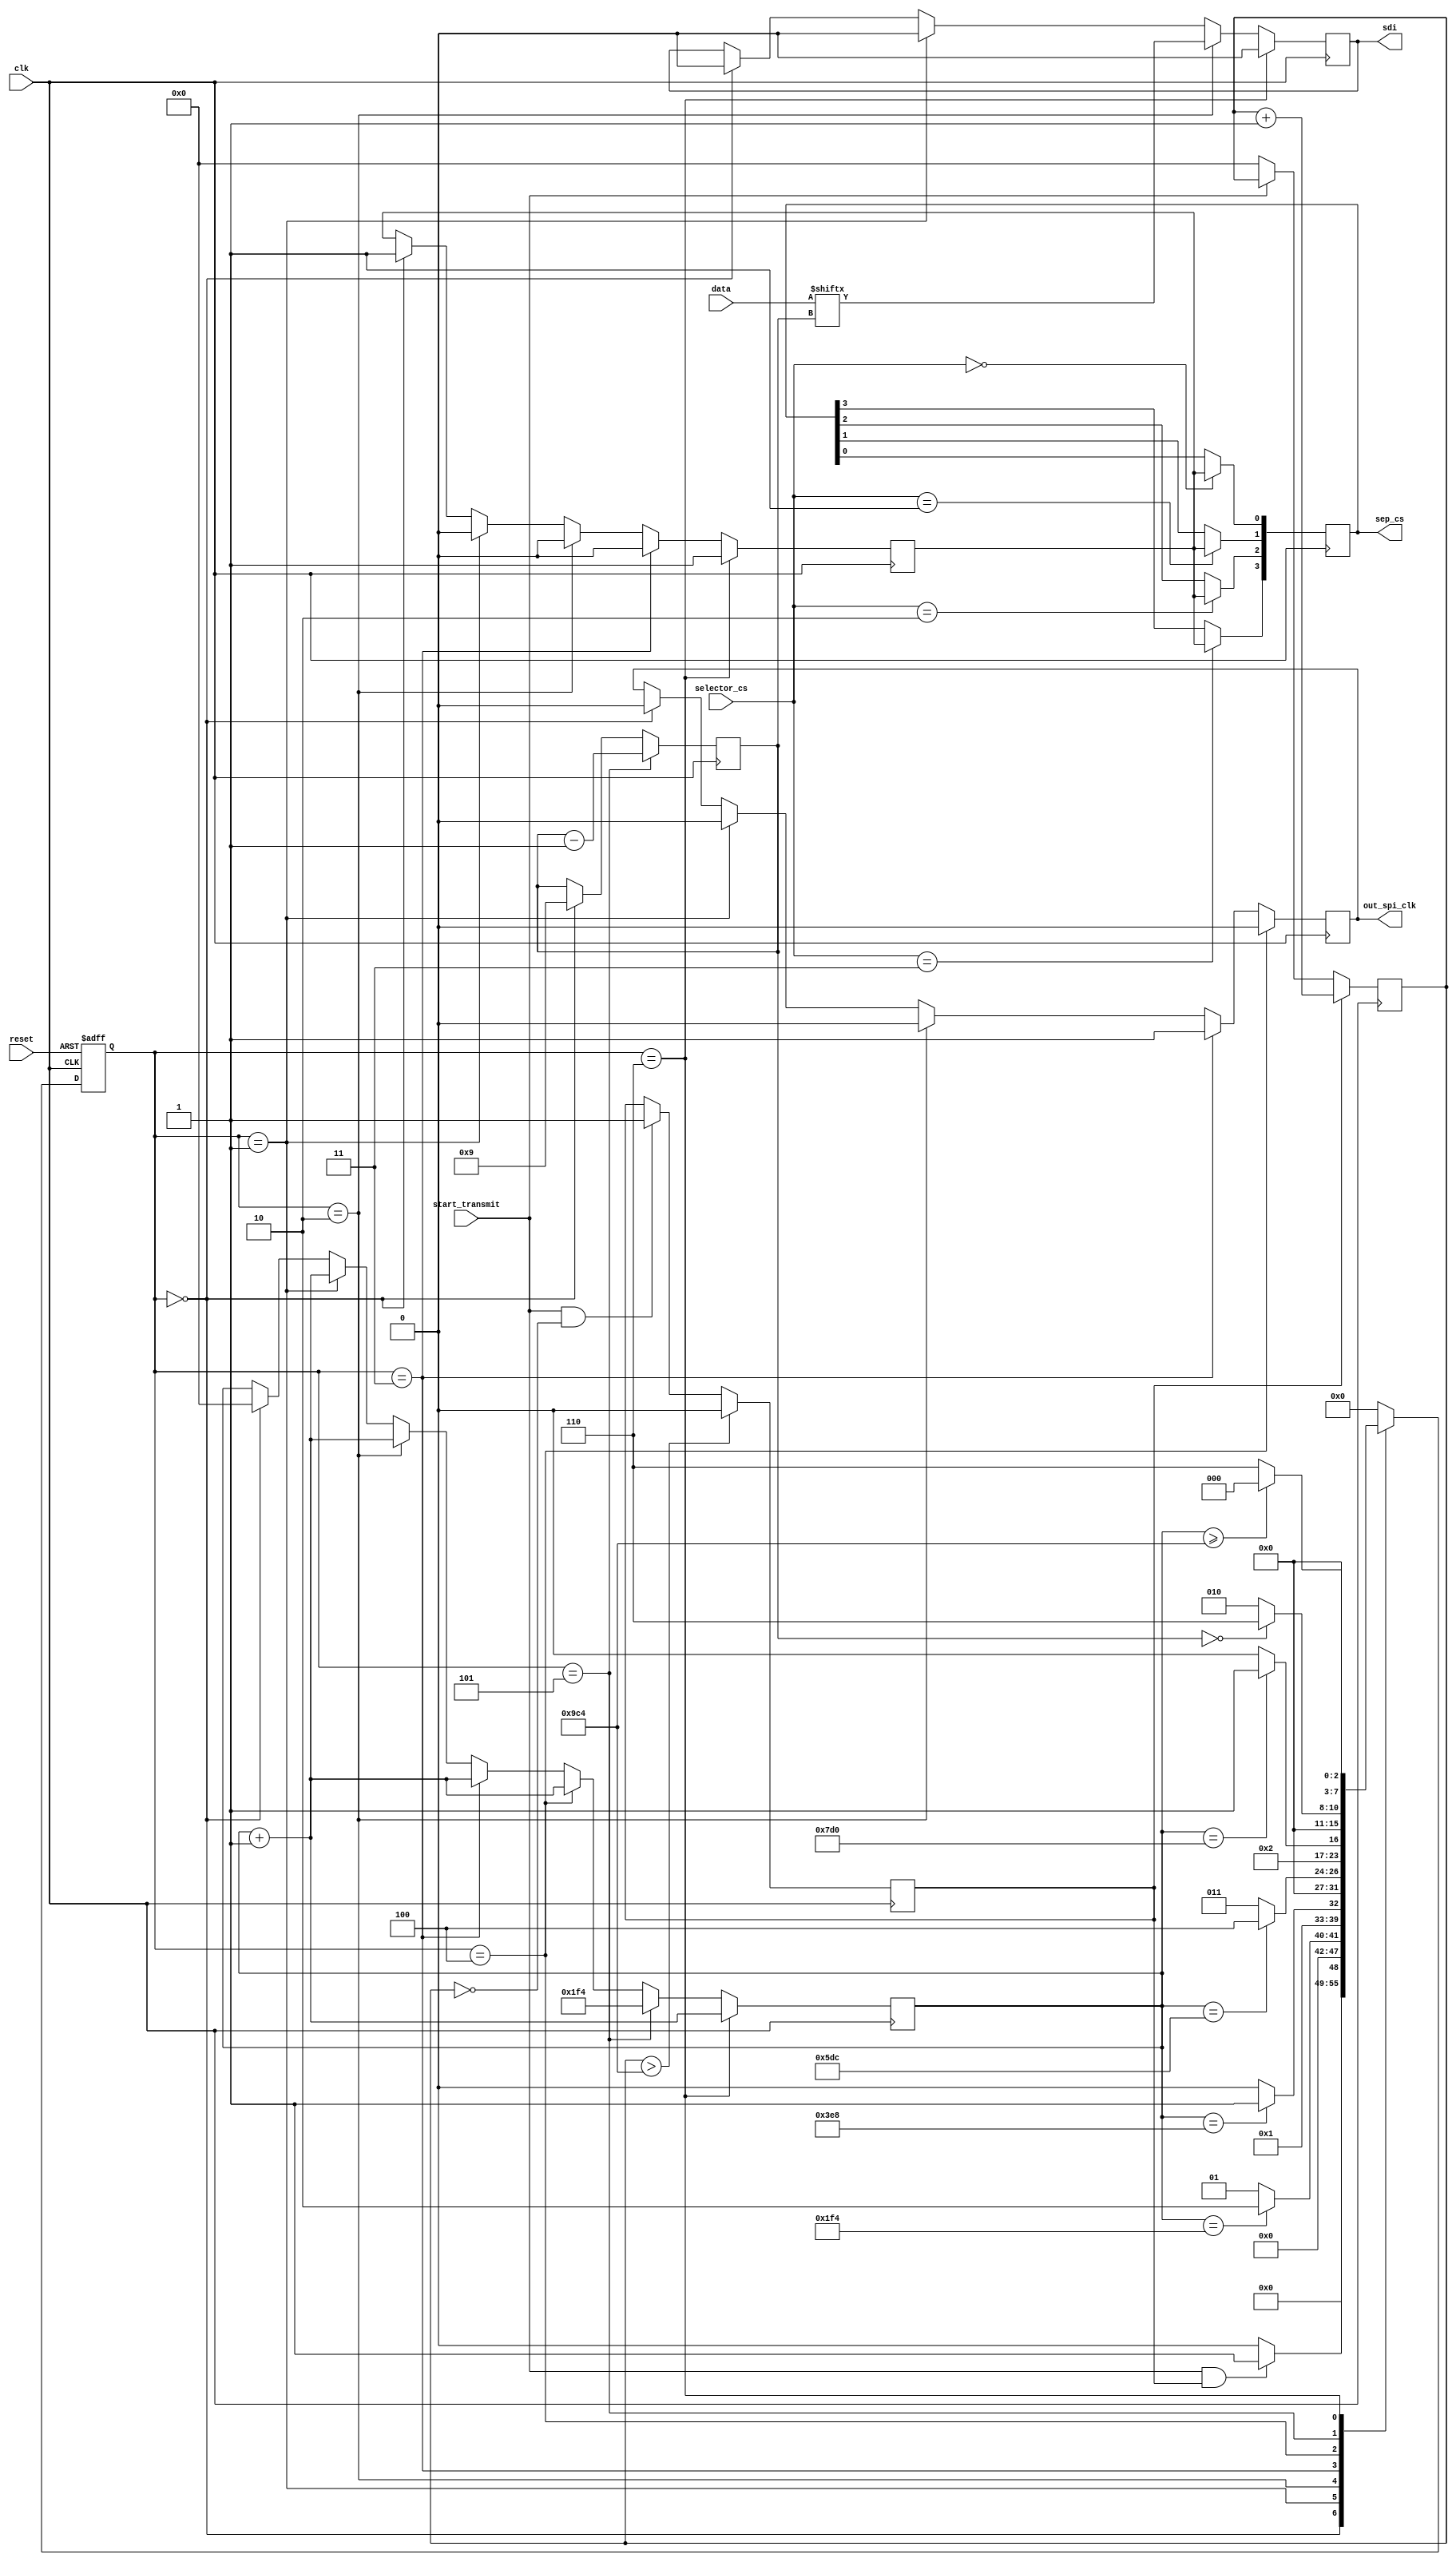
///////////////////////////////////////////////////////////
// Name File : SPI_TX.v 											//
// Autor : Dyomkin Pavel Mikhailovich 							//
// Company : GSC RF TRINITI										//
// Description : SPI master module							  	//
// Start design : 12.10.2021 										//
// Last revision: 14.10.2021										//
///////////////////////////////////////////////////////////

module SPI_TX (input clk, start_transmit, reset,
					input [2:0] selector_cs,
					input [9:0] data,
					output reg sdi,  out_spi_clk,
				   output reg [3:0] sep_cs
					);

initial sdi 			<= 1'b0;
initial out_spi_clk  <= 1'b0;

reg cs;
initial cs <= 1'b1;

initial sep_cs <= 4'b1111;


reg [7:0] state;	
reg [7:0] next_state;
reg [7:0] state_cnt;

localparam IDLE 							= 8'd0;
localparam STARTING_TRANSMITTING		= 8'd1;	
localparam SET_BIT_TO_TRANSMITTING  = 8'd2;
localparam SET_HIGH_CLK_SPI			= 8'd3;
localparam SET_LOW_CLK_SPI				= 8'd4;
localparam DEC_BIT_CNT 					= 8'd5;
localparam STOP_TRANSMIT				= 8'd6;


reg transmit_flg;
initial transmit_flg <= 1'b0;
reg [24:0] transmit_flg_cnt;
initial transmit_flg_cnt <= 1'b0;

reg [24:0] cnt;
initial cnt <= 1'b0;	



reg [7:0] bit_cnt;
initial bit_cnt <= 8'd9;



always @(posedge clk) begin
	
	if (selector_cs == 3'd0) begin
		sep_cs[0] <= cs;
	end
	
	if (selector_cs == 3'd1) begin
		sep_cs[1] <= cs;
	end
	
	if (selector_cs == 3'd2) begin
		sep_cs[2] <= cs;
	end
	
	if (selector_cs == 3'd3) begin
		sep_cs[3] <= cs;
	end
	
end

		
			
always @* 	
		
		case (state)
			
			IDLE:
						
				
				if (start_transmit == 1'b1 && transmit_flg == 1'b1) begin
					next_state <= STARTING_TRANSMITTING;
				end
				
				else begin
					next_state <= IDLE;
				end
				
				
			STARTING_TRANSMITTING:
				
				if (cnt == 12'd500) begin
					next_state <= SET_BIT_TO_TRANSMITTING;
				end
				
				else begin
					next_state <= STARTING_TRANSMITTING;
				end
				
			SET_BIT_TO_TRANSMITTING:
				
				if (cnt == 12'd1000) begin
					next_state <= SET_HIGH_CLK_SPI;
				end
				
				else begin
					next_state <= SET_BIT_TO_TRANSMITTING;
				end
				
			SET_HIGH_CLK_SPI:
				
				if (cnt == 12'd1500) begin
					next_state <= SET_LOW_CLK_SPI;
				end
				
				else begin
					next_state <= SET_HIGH_CLK_SPI;
				end
				
			SET_LOW_CLK_SPI: 
				
				if (cnt == 12'd2000) begin
					next_state <= DEC_BIT_CNT;
				end
				
				else begin
					next_state <= SET_LOW_CLK_SPI;
				end
				
			DEC_BIT_CNT: 
				
				if (bit_cnt == 8'b0) begin
					next_state <= STOP_TRANSMIT;
				end
				
				else begin
					next_state <= SET_BIT_TO_TRANSMITTING;
				end

			STOP_TRANSMIT:
				
				if (cnt >= 12'd2500) begin
					next_state <= IDLE;
				end
				
				else begin
					next_state <= STOP_TRANSMIT;
				end
				
				
				
			default:
				next_state <= IDLE;
		
		endcase
		
		
always @(posedge clk) begin
	
	if (start_transmit == 1'b0) begin
		transmit_flg_cnt <= 1'b0;
	end

	if (start_transmit == 1'b1 && transmit_flg_cnt == 1'b0) begin
		transmit_flg <= 1'b1;	
	end

	if (transmit_flg == 1'b1) begin
		transmit_flg_cnt <= transmit_flg_cnt + 1'b1;
	end

	if (transmit_flg_cnt > 24'd2500) begin
		transmit_flg <= 1'b0;
	end

	if (state == IDLE) begin
		cnt <= 1'b0;
		bit_cnt <= 8'd9;
		cs <= 1'b1; 
		sdi <= 1'b0;
		out_spi_clk <= 1'b0;
	end
	
	if (state == STARTING_TRANSMITTING) begin
		cnt <= cnt + 1'b1;
		out_spi_clk <= 1'b0;
		sdi <= 1'b0;
		cs <= 1'b0;
	end
	
	if (state == SET_BIT_TO_TRANSMITTING) begin
		cnt <= cnt + 1'b1;
		out_spi_clk <= 1'b0;
		sdi <= data[bit_cnt];
		cs <= 1'b0;
	end
	
	if (state == SET_HIGH_CLK_SPI) begin
		cnt <= cnt + 1'b1;
		out_spi_clk <= 1'b1;
		cs <= 1'b0;
	end
	
	if (state == SET_LOW_CLK_SPI) begin
		cnt <= cnt + 1'b1;
		out_spi_clk <= 1'b0;
	end
	
	if (state == DEC_BIT_CNT) begin
		bit_cnt <= bit_cnt - 1'b1;
		cnt <= 12'd500;
	end
	
	if (state == STOP_TRANSMIT) begin
		cs <= 1'b1;
		cnt <= cnt + 1'b1;
		sdi <= 1'b0;
	end 
	
	

end	




always @(posedge clk or negedge reset) begin 
	
	
	if(!reset) begin
		state <= IDLE;
	end
	
	else begin
		state <= next_state;
	end
end		









		
endmodule